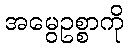
အမွေဥစ္စာကို